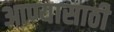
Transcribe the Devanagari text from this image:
आण्यासाठी